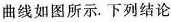
曲线如图所示。下列结论